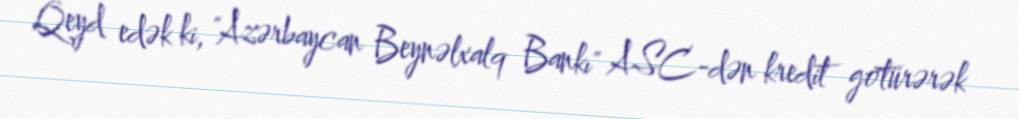
Qeyd edək ki, "Azərbaycan Beynəlxalq Bankı" ASC-dən kredit götürərək